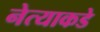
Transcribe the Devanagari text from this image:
नेत्याकडे